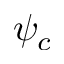
\psi _ { c }